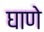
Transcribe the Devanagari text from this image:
घाणे